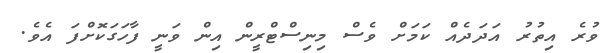
ވުރެ އިތުރު އަދަދެއް ކަމަށް ވެސް މިނިސްޓްރީން އިން ވަނީ ފާހަގަކޮށްފަ އެވެ.